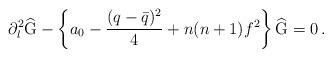
LaTeX: \begin{align*}\partial_l^2\widehat{\mbox{G}}-\left\{a_0-\frac{(q-\bar{q})^2}{4}+n(n+1)f^2\right\}\widehat{\mbox{G}}=0\,.\end{align*}